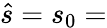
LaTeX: \hat{s}=s_{0}=